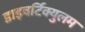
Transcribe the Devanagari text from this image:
डाइवर्टिक्युलम